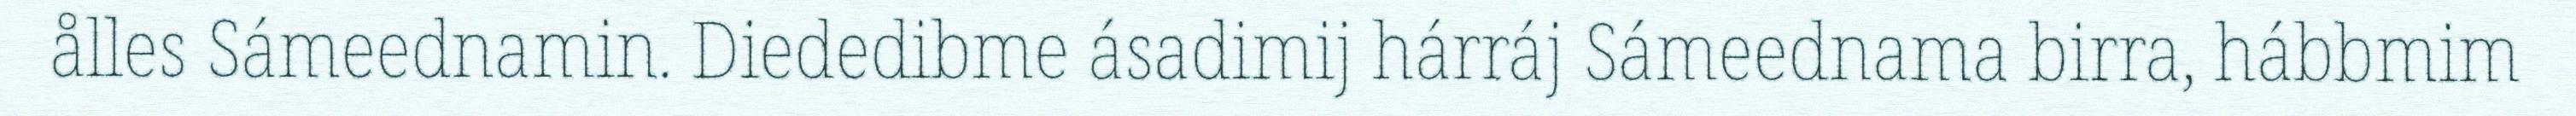
ålles Sámeednamin. Diededibme ásadimij hárráj Sámeednama birra, hábbmim